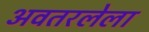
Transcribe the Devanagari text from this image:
अवतरलेला